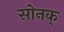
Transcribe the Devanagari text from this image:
सोनक्